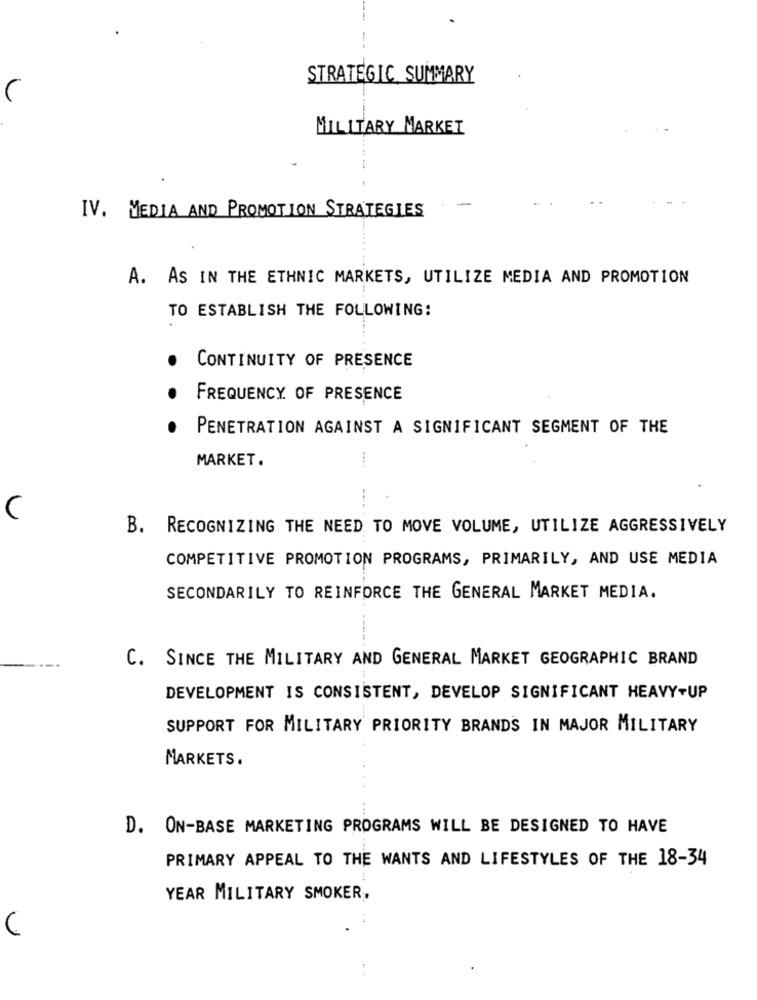
STRATEGIC SUMMARY
MILITARY MARKET
IV. MEDIA AND PROMOTION STRATEGIES
A. AS IN THE ETHNIC MARKETS, UTILIZE MEDIA AND PROMOTION
TO ESTABLISH THE FOLLOWING:
CONTINUITY OF PRESENCE
FREQUENCY OF PRESENCE
PENETRATION AGAINST A SIGNIFICANT SEGMENT OF THE
MARKET.
U
B. RECOGNIZING THE NEED TO MOVE VOLUME, UTILIZE AGGRESSIVELY
COMPETITIVE PROMOTION PROGRAMS, PRIMARILY, AND USE MEDIA
SECONDARILY TO REINFORCE THE GENERAL MARKET MEDIA.
C. SINCE THE MILITARY AND GENERAL MARKET GEOGRAPHIC BRAND
DEVELOPMENT IS CONSISTENT, DEVELOP SIGNIFICANT HEAVY-UP
SUPPORT FOR MILITARY PRIORITY BRANDS IN MAJOR MILITARY
MARKETS.
D. ON-BASE MARKETING PROGRAMS WILL BE DESIGNED TO HAVE
PRIMARY APPEAL TO THE WANTS AND LIFESTYLES OF THE 18-34
YEAR MILITARY SMOKER,
4:4
U